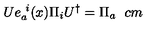
{ \sl U } e _ { a } ^ { \ i } ( x ) \Pi _ { i } { \sl U } ^ { \dagger } = \Pi _ { a } \hspace { 6 c m }